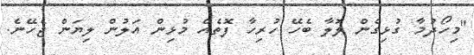
"މިހޯދުމާ ގުޅިގެން ލޮލާ ބެހޭ ހުރިހާ ފޮތެއް މުޅިން އަލުން ލިޔަން ޖެހޭނެ.